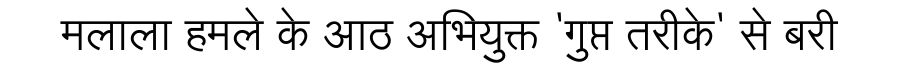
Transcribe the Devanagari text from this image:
मलाला हमले के आठ अभियुक्त 'गुप्त तरीके' से बरी